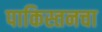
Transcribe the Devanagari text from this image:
पाकिस्तनचा